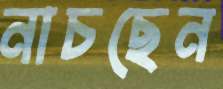
নাচছেন